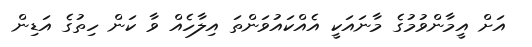
އަށް އީމާންވުމުގެ މާނައަކީ އެއްކައުވަންތަ އިލާހެއް ވާ ކަން ހިތުގެ އަޑިން